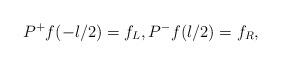
LaTeX: \begin{align*} P^+ f(-l/2) = f_L, P^-f(l/2) = f_R, \end{align*}